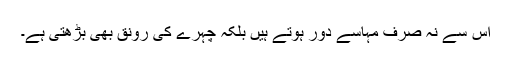
اس سے نہ صرف مہاسے دور ہوتے ہیں بلکہ چہرے کی رونق بھی بڑھتی ہے۔